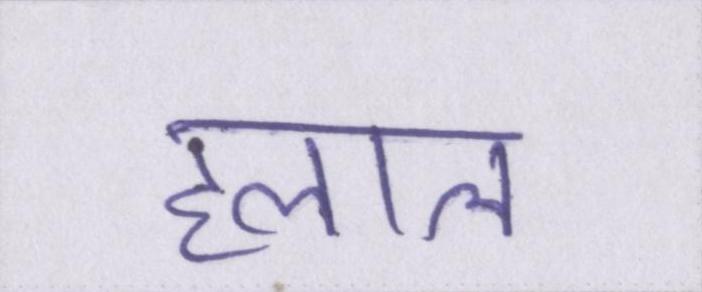
हलाल